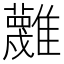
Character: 𩁝